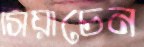
সিয়াচেন